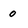
Character: 0